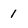
Character: 1